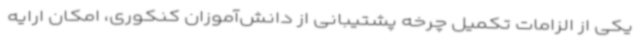
یکی از الزامات تکمیل چرخه پشتیبانی از دانش‌آموزان کنکوری، امکان ارایه